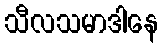
သီလသမာဒါနေ